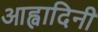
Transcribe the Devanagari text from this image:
आह्वादिनी